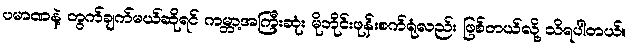
ပမာဏနဲ့ တွက်ချက်မယ်ဆိုရင် ကမ္ဘာ့အကြီးဆုံး မိုဘိုင်းဖုန်းစက်ရုံလည်း ဖြစ်တယ်လို့ သိရပါတယ်။